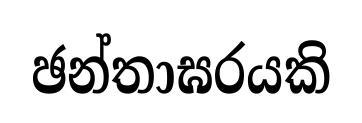
ඡන්තාඝරයකි